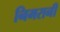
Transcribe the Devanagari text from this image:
निमरानी